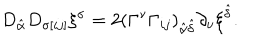
D _ { \hat { \alpha } } D _ { \sigma [ i j ] } \xi ^ { \sigma } = 2 ( \Gamma ^ { \nu } \Gamma _ { i j } ) _ { \hat { \alpha } \hat { \delta } } \partial _ { \nu } \xi ^ { \hat { \delta } } .